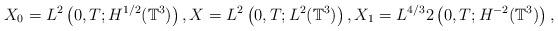
LaTeX: \begin{align*}X_0=L^2\left(0,T; H^{1/2}(\mathbb{T}^3)\right),X=L^2\left(0,T; L^2(\mathbb{T}^3)\right),X_1=L^{4/3}2\left(0,T; H^{-2}(\mathbb{T}^3)\right),\end{align*}